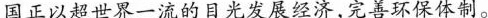
国正以超世界一流的目光发展经济，完善环保体制。